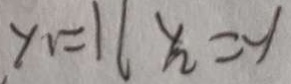
y _ { 1 } = 1 y _ { 2 } = - 1